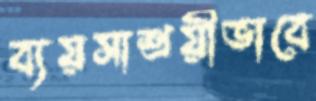
ব্যয়সাশ্রয়ীভাবে